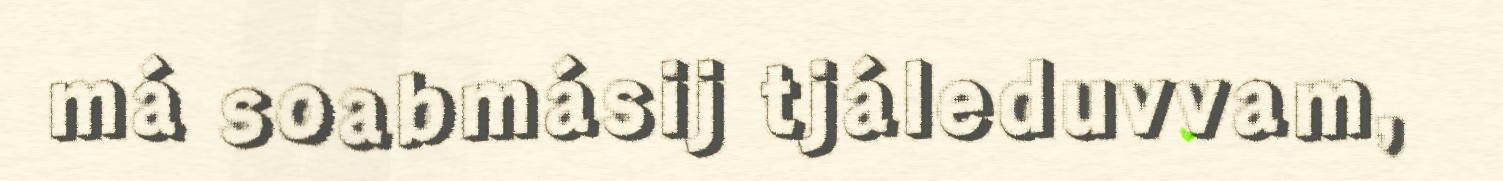
má soabmásij tjáleduvvam,